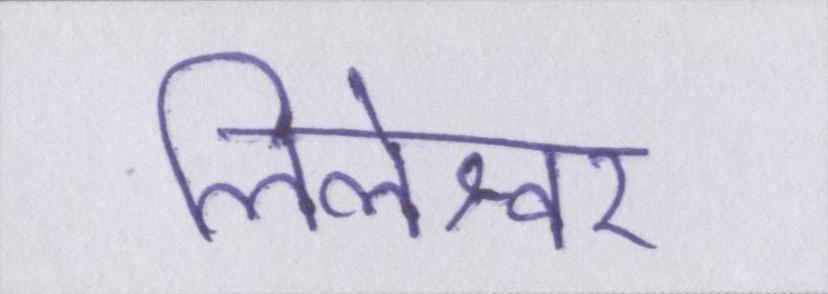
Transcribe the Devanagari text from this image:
लिलेश्वर